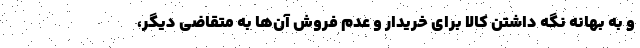
و به بهانه نگه داشتن کالا برای خریدار و عدم فروش آن‌ها به متقاضی دیگر،